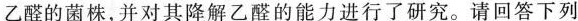
乙醛的菌株，并对其降解乙醛的能力进行了研究。请回答下列